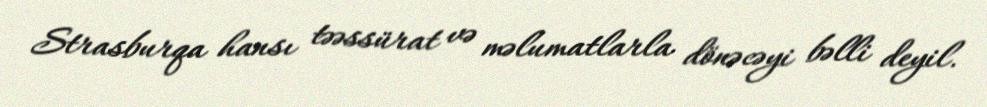
Strasburqa hansı təəssürat və məlumatlarla dönəcəyi bəlli deyil.